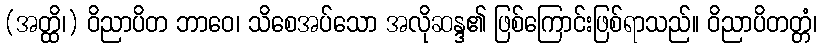
(အတ္ထိ၊) ဝိညာပိတ ဘာဝေ၊ သိစေအပ်သော အလိုဆန္ဒ၏ ဖြစ်ကြောင်းဖြစ်ရာသည်။ ဝိညာပိတတ္တံ၊